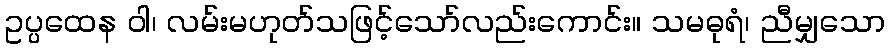
ဥပ္ပထေန ဝါ၊ လမ်းမဟုတ်သဖြင့်သော်လည်းကောင်း။ သမဓုရံ၊ ညီမျှသော